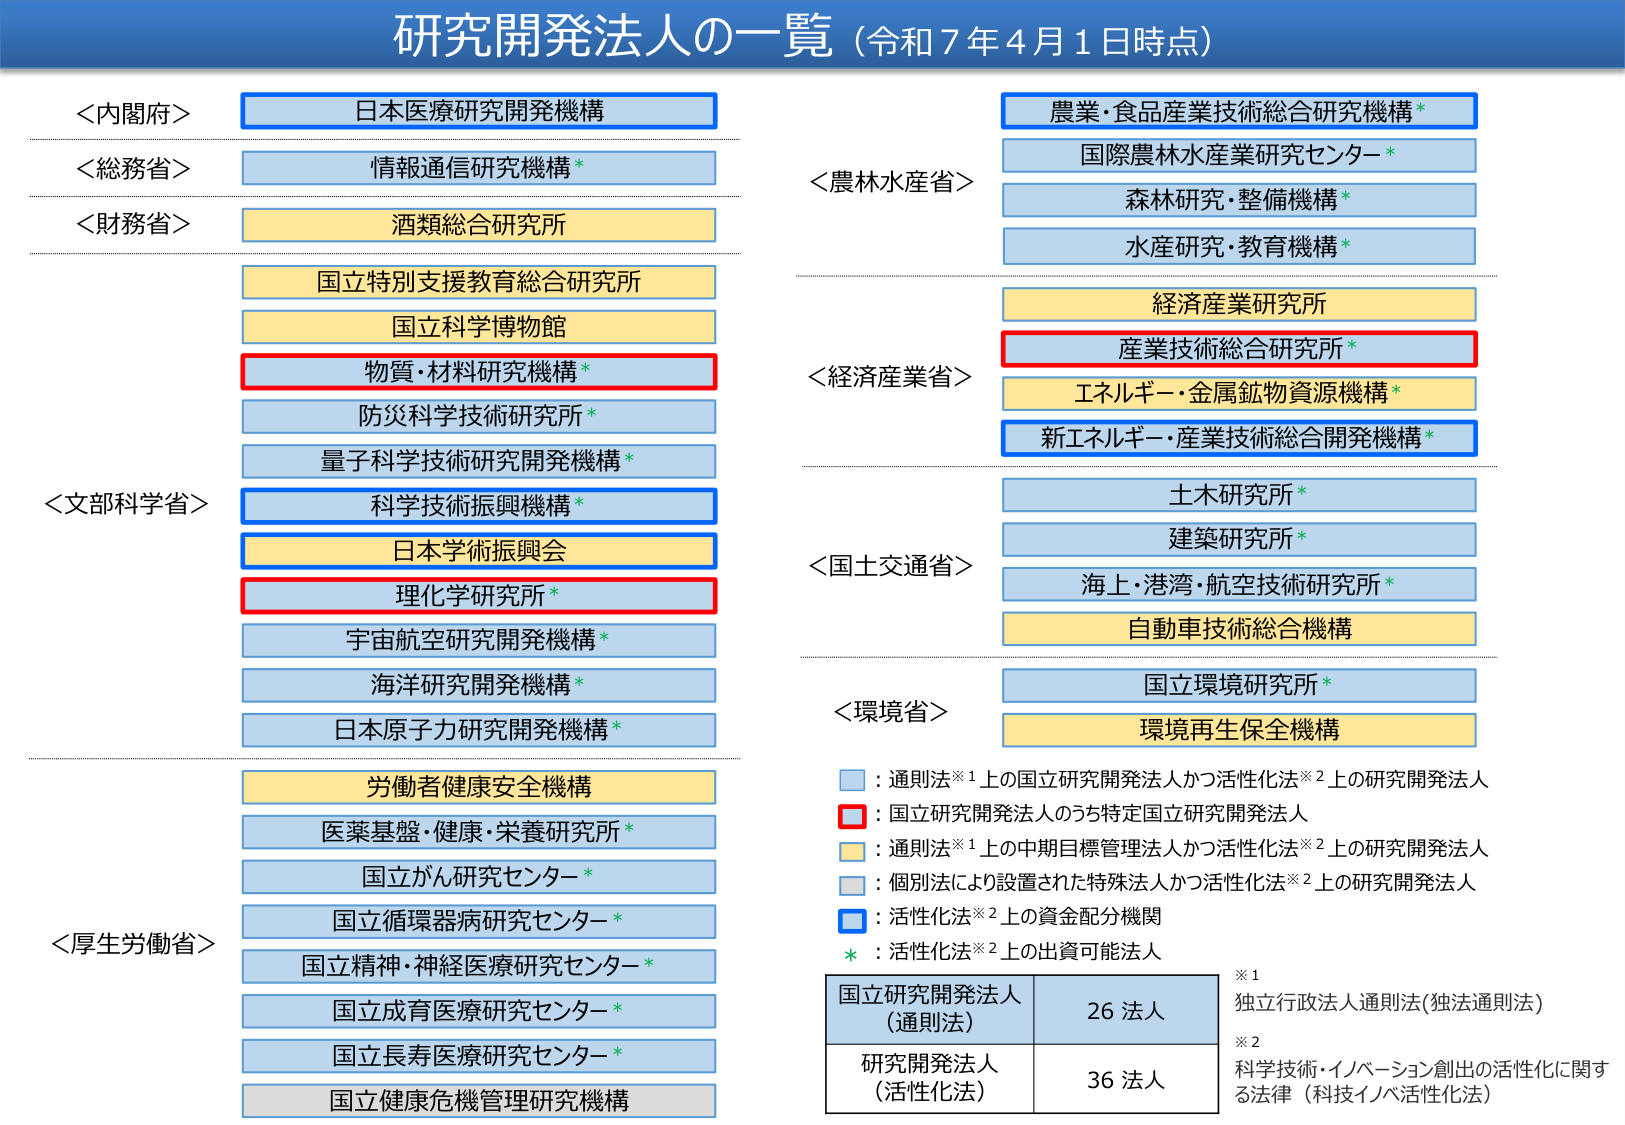
研究開発法人の一覧（令和7年4月1日時点）

＜内閣府＞
日本医療研究開発機構

＜総務省＞
情報通信研究機構*

＜財務省＞
酒類総合研究所

＜文部科学省＞
国立特別支援教育総合研究所
国立科学博物館
物質・材料研究機構*
防災科学技術研究所*
量子科学技術研究開発機構*
科学技術振興機構*
日本学術振興会
理化学研究所*
宇宙航空研究開発機構*
海洋研究開発機構*
日本原子力研究開発機構*

＜厚生労働省＞
労働者健康安全機構
医薬基盤・健康・栄養研究所*
国立がん研究センター*
国立循環器病研究センター*
国立精神・神経医療研究センター*
国立成育医療研究センター*
国立長寿医療研究センター*
国立健康危機管理研究機構

＜農林水産省＞
農業・食品産業技術総合研究機構*
国際農林水産業研究センター*
森林研究・整備機構*
水産研究・教育機構*

＜経済産業省＞
経済産業研究所
産業技術総合研究所*
エネルギー・金属鉱物資源機構*
新エネルギー・産業技術総合開発機構*

＜国土交通省＞
土木研究所*
建築研究所*
海上・港湾・航空技術研究所*
自動車技術総合機構

＜環境省＞
国立環境研究所*
環境再生保全機構

■：通則法※1上の国立研究開発法人かつ活性化法※2上の研究開発法人
■：国立研究開発法人のうち特定国立研究開発法人
■：通則法※1上の中期目標管理法人かつ活性化法※2上の研究開発法人
■：個別法により設置された特殊法人かつ活性化法※2上の研究開発法人
■：活性化法※2上の資金配分機関
*：活性化法※2上の出資可能法人

国立研究開発法人（通則法） 26 法人
研究開発法人（活性化法） 36 法人

※1 独立行政法人通則法（独法通則法）
※2 科学技術・イノベーション創出の活性化に関する法律（科技イノベ活性化法）